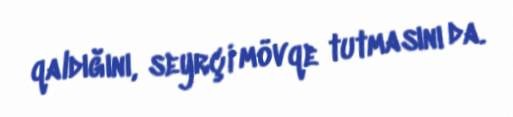
qaldığını, seyrçi mövqe tutmasını da.